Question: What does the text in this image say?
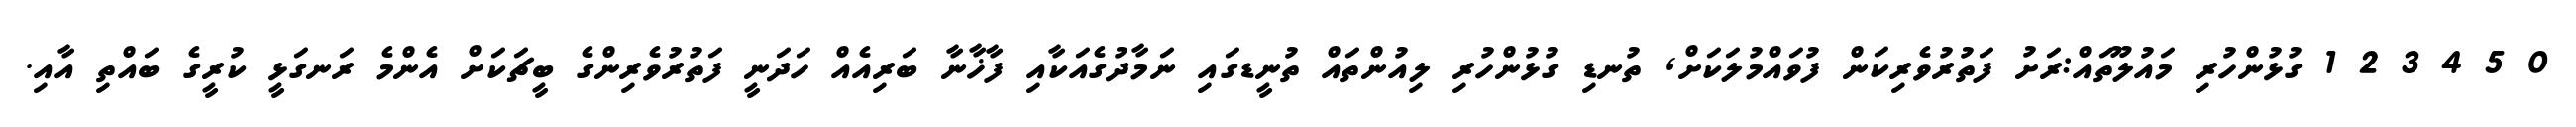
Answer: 0 5 4 3 2 1 ގުޅުންހުރި މައުލޫތައް:ރަށު ފަތުރުވެރިކަން ފުވައްމުލަކަށް, ތުނޑި ގުޅުންހުރި ލިއުންތައް ތުނީޑގައި ނަމާދުގެއަކާއި ފާޚާނާ ބަރިއެއް ހަދަނީ ފަތުރުވެރިންގެ ބީޗަކަށް އެންމެ ރަނގަޅީ ކުރީގެ ބައްތި އާއި.